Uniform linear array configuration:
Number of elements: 4
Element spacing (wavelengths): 0.25
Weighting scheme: hamming
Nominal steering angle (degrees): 0
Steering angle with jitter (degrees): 0.5759
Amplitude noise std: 0.05
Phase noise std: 0.05

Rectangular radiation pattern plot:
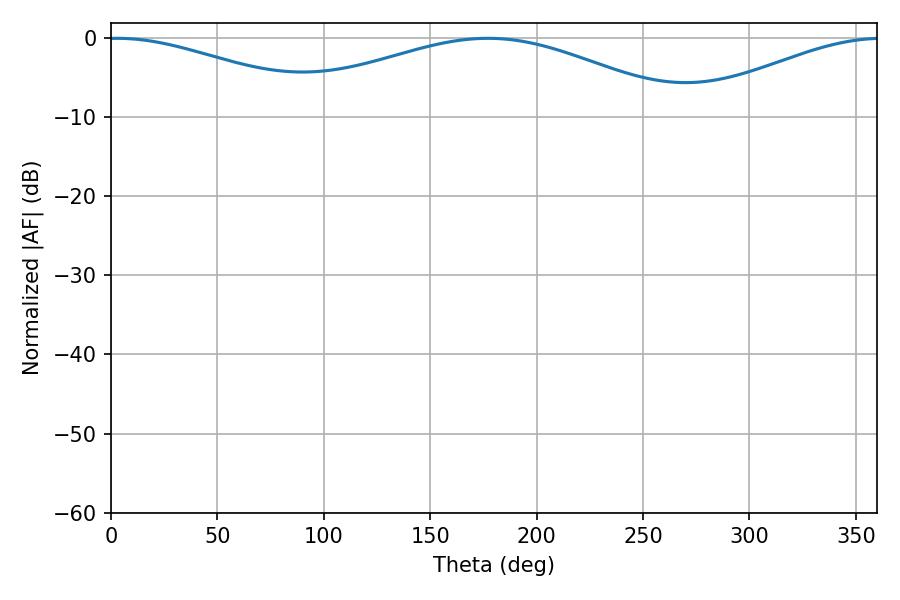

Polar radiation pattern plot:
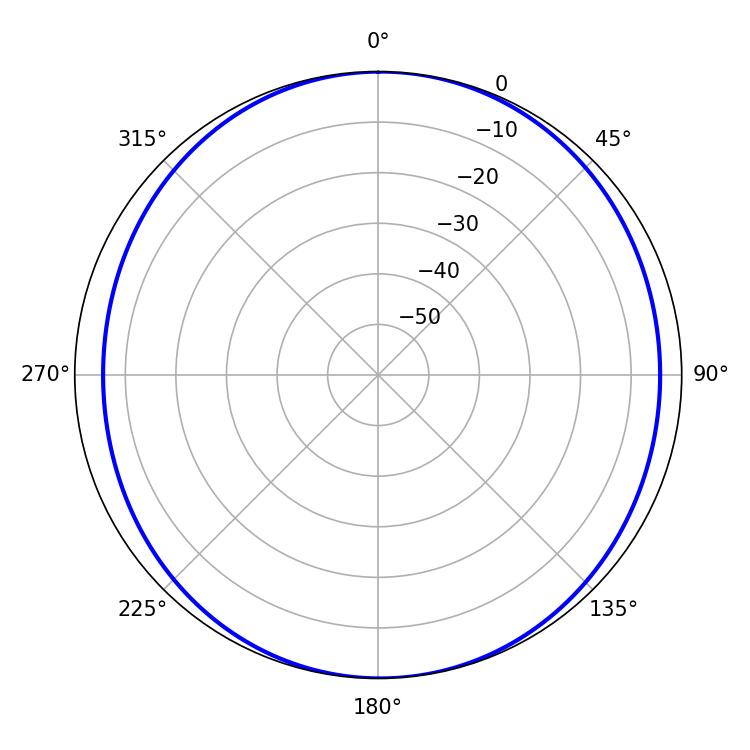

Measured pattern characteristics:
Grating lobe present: FALSE
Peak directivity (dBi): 10.118
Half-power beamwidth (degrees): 57.96
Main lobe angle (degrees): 2.88